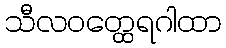
သီလဝတ္ထေရဂါထာ